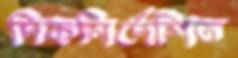
দিকনির্দেশিত